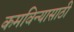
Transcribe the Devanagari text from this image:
कमविन्यासाठी